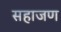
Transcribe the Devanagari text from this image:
सहाजण